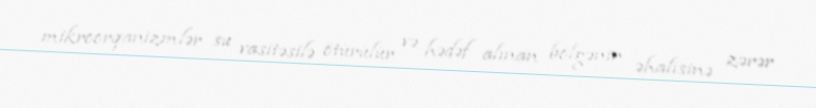
mikroorqanizmlər su vasitəsilə ötürülür və hədəf alınan bölgənin əhalisinə zərər